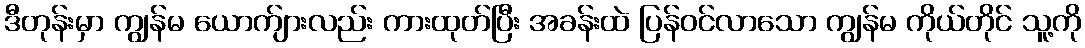
ဒီတုန်းမှာ ကျွန်မ ယောက်ျားလည်း ကားထုတ်ပြီး အခန်းထဲ ပြန်ဝင်လာသော ကျွန်မ ကိုယ်တိုင် သူ့ကို